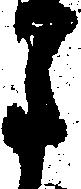
月